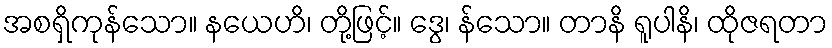
အစရှိကုန်သော။ နယေဟိ၊ တို့ဖြင့်။ ဒွေ၊ န်သော။ တာနိ ရူပါနိ၊ ထိုဇရတာ